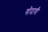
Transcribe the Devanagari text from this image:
गोदावी